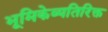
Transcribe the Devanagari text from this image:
भूमिकेव्यतिरिक्त